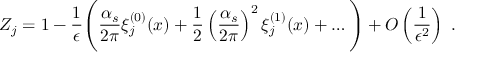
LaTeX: Z _ { j } = 1 - \frac { 1 } { \epsilon } \Bigg ( \frac { \alpha _ { s } } { 2 \pi } \xi _ { j } ^ { ( 0 ) } ( x ) + \frac { 1 } { 2 } \left( \frac { \alpha _ { s } } { 2 \pi } \right) ^ { 2 } \xi _ { j } ^ { ( 1 ) } ( x ) + \ldots \Bigg ) + O \left( \frac { 1 } { \epsilon ^ { 2 } } \right) \; .